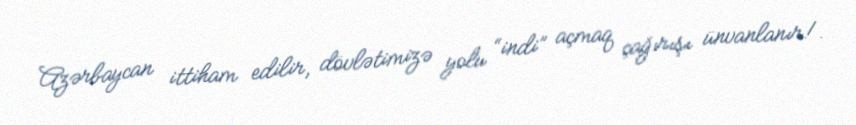
Azərbaycan ittiham edilir, dövlətimizə yolu “indi” açmaq çağırışı ünvanlanır!.